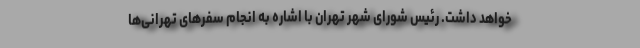
خواهد داشت. رئیس شورای شهر تهران با اشاره به انجام سفرهای تهرانی‌ها